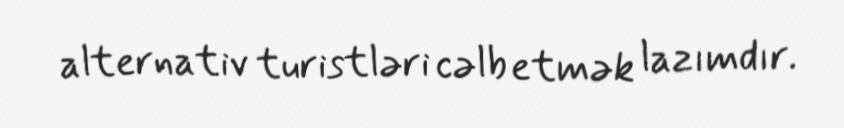
alternativ turistləri cəlb etmək lazımdır.